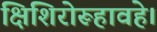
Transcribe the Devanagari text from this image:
क्षिशिरोरूहावहे।